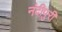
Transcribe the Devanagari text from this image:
नंदीपुरी